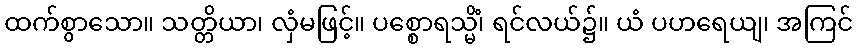
ထက်စွာသော။ သတ္တိယာ၊ လှံမဖြင့်။ ပစ္စောရသ္မိံ၊ ရင်လယ်၌။ ယံ ပဟရေယျ၊ အကြင်